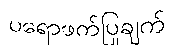
ပရောဖက်ပြုချက်